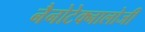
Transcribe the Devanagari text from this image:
नैनोटेक्नालोजी